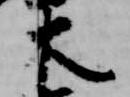
木